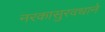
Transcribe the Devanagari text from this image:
नरकासुरवधाने